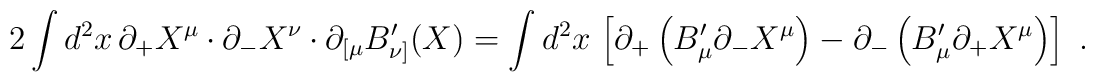
2\int d^2 x\, \partial_+ X^{\mu}\cdot \partial_- X^{\nu }\cdot\partial_{[\mu}B'_{\nu]}(X)= \int d^2 x\, \left[ \partial_+\left(B'_\mu \partial_- X^\mu \right) -\partial_-\left( B'_\mu\partial_+X^\mu\right) \right]\ .